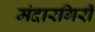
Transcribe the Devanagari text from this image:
मंदारगिरी